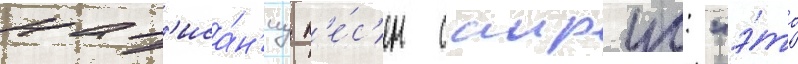
нап'иса́н'иу п'е́с'ен саирус: "э́то